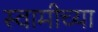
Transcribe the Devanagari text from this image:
स्‍वामीच्‍या